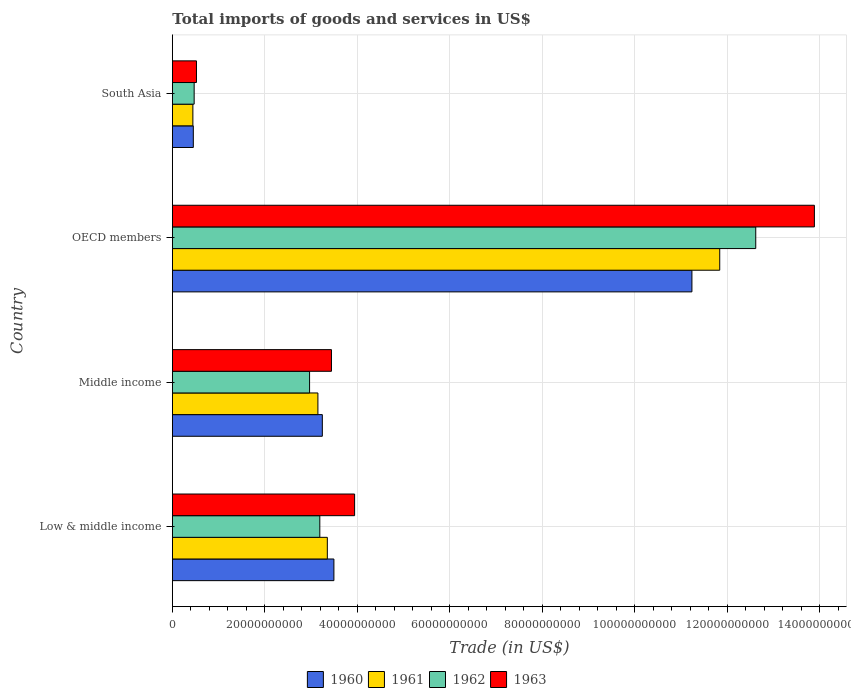
| Country | 1960 | 1961 | 1962 | 1963 |
 | --- | --- | --- | --- | --- |
 | Low & middle income | 3.49e+10 | 3.35e+10 | 3.19e+10 | 3.94e+10 |
 | Middle income | 3.24e+10 | 3.15e+10 | 2.97e+10 | 3.44e+10 |
 | OECD members | 1.12e+11 | 1.18e+11 | 1.26e+11 | 1.39e+11 |
 | South Asia | 4.53e+09 | 4.43e+09 | 4.71e+09 | 5.21e+09 |